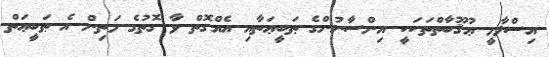
އިސްލާމީ ޢުޤޫބާތްތަކަކީ އިންސާނުންގެ ޠަބީޢަތާއި އެއްގޮތް ވާ ގޮތުގެ މަތިން އެ ޠަބީޢަތް